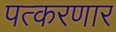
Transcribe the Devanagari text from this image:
पत्करणार